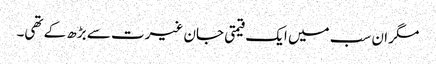
مگر ان سب میں ایک قیمتی جان غیرت سے بڑھ کے تھی۔